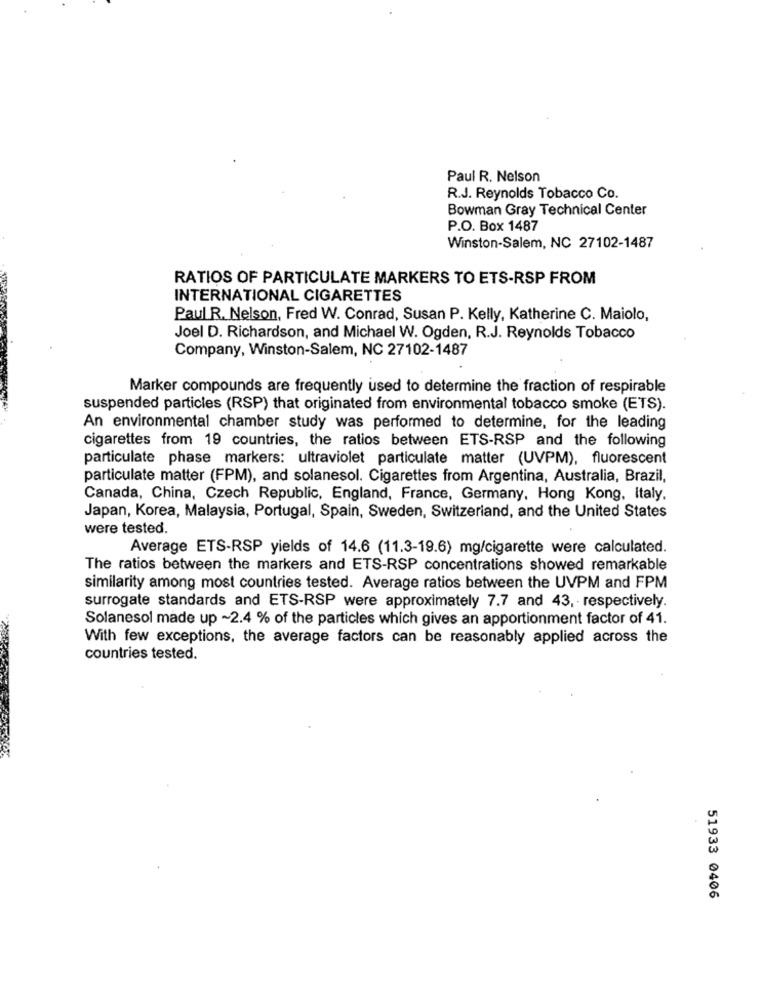
Paul R. Nelson
R.J. Reynolds Tobacco Co.
Bowman Gray Technical Center
P.O. Box 1487
Winston-Salem, NC 27102-1487
RATIOS OF PARTICULATE MARKERS TO ETS-RSP FROM
INTERNATIONAL CIGARETTES
Paul R. Nelson, Fred W. Conrad, Susan P. Kelly, Katherine C. Maiolo,
Joel D. Richardson, and Michael W. Ogden, R.J. Reynolds Tobacco
Company, Winston-Salem, NC 27102-1487
Marker compounds are frequently used to determine the fraction of respirable
suspended particles (RSP) that originated from environmental tobacco smoke (ETS).
An environmental chamber study was performed to determine, for the leading
cigarettes from 19 countries, the ratios between ETS-RSP and the following
particulate phase markers: ultraviolet particulate matter (UVPM), fluorescent
particulate matter (FPM), and solanesol. Cigarettes from Argentina, Australia, Brazil,
Canada, China, Czech Republic, England, France, Germany, Hong Kong, Italy.
Japan, Korea, Malaysia, Portugal, Spain, Sweden, Switzerland, and the United States
were tested.
Average ETS-RSP yields of 14.6 (11.3-19.6) mg/cigarette were calculated.
The ratios between the markers and ETS-RSP concentrations showed remarkable
similarity among most countries tested. Average ratios between the UVPM and FPM
surrogate standards and ETS-RSP were approximately 7.7 and 43, respectively.
Solanesol made up ~2.4 % of the particles which gives an apportionment factor of 41.
With few exceptions, the average factors can be reasonably applied across the
countries tested.
51933 0406